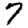
Digit: 7